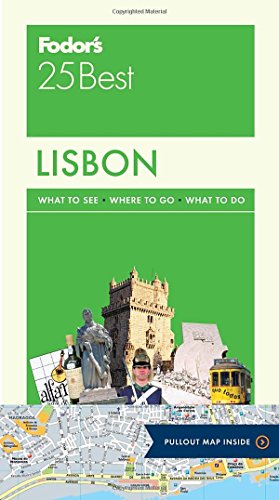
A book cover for Fodor's Lisbon 25 Best (Full-color Travel Guide); Fodor's; Travel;